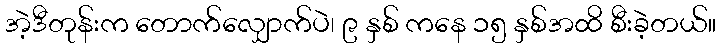
အဲ့ဒီတုန်းက တောက်လျှောက်ပဲ၊ ၉ နှစ် ကနေ ၁၅ နှစ်အထိ စီးခဲ့တယ်။